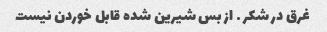
غرق در شکر … از بس شیرین شده قابل خوردن نیست